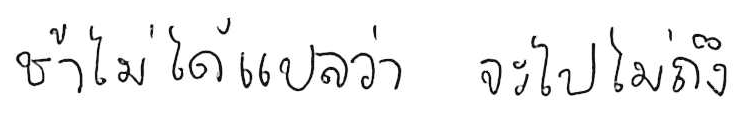
ช้า ไม่ได้แปลว่า จะไปไม่ถึง